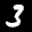
Label: 3